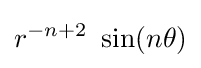
r^{-n+2}~\sin(n\theta )